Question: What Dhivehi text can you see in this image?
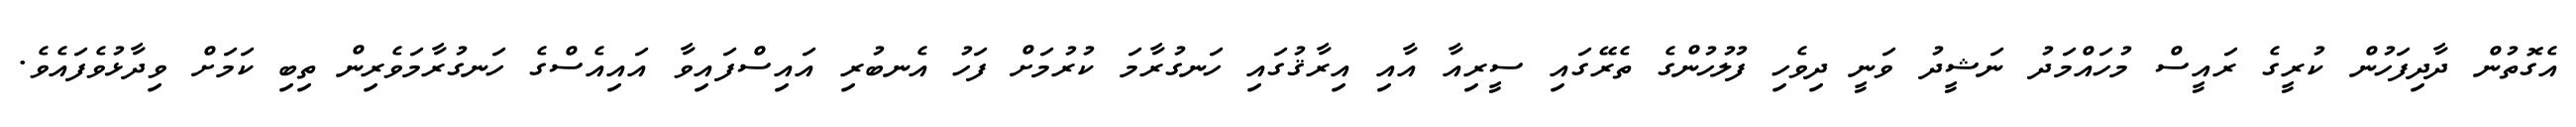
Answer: އެގޮތުން ދާދިފަހުން ކުރީގެ ރައީސް މުހައްމަދު ނަޝީދު ވަނީ ދިވެހި ފުލުހުންގެ ތެރޭގައި ސީރިއާ އާއި އިރާޤުގައި ހަނގުރާމަ ކުރުމަށް ފަހު އެނބުރި އައިސްފައިވާ އައިއެސްގެ ހަނގުރާމަވެރިން ތިބި ކަމަށް ވިދާޅުވެފައެވެ.